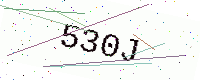
Text: 530J